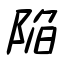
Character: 陥